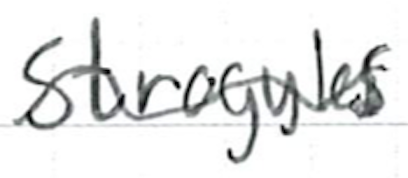
Text: strongyles
Cross-out: wave
Writing tool: ballpoint